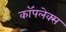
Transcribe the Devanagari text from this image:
कॉपलेक्स